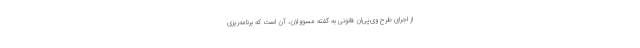
از اجرای طرح وی‌پی‌ان قانونی به گفته مسوولان، آن است که برنامه‌ریزی